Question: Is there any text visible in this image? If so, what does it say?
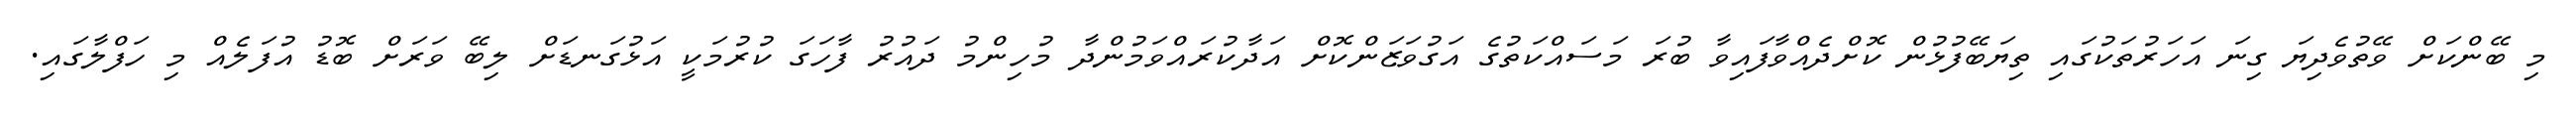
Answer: މި ބޭންކަށް ވޭތުވެދިޔަ ގިނަ އަހަރުތަކުގައި ތިޔަބޭފުޅުން ކޮށްދެއްވާފައިވާ ބުރަ މަސައްކަތުގެ އަގުވަޒަންކޮށް އަދާކުރައްވަމުންދާ މުހިންމު ދައުރު ފާހަގަ ކުރުމަކީ އަޅުގަނޑަށް ލިބޭ ވަރަށް ބޮޑު އުފަލެއް މި ހަފްލާގައި.